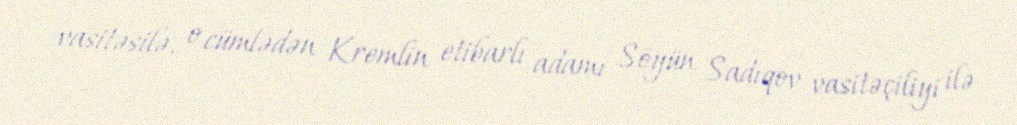
vasitəsilə, o cümlədən Kremlin etibarlı adamı Söyün Sadıqov vasitəçiliyi ilə